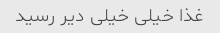
غذا خیلی خیلی دیر رسید